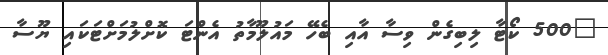
"500 ކޯޓާ ލިބިގެން ވިސާ އާއި ބެހޭ މައުލޫމާތު އެންޓަ ކޮށްލުމަށްޓަކައި ޔޫސާ